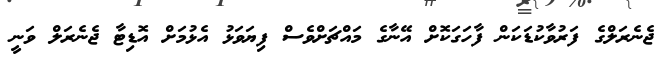
ޖެނެރަލްގެ ފަރުވާކުޑަކަން ފާހަގަކޮށް އޭނާގެ މައްޗަށްވެސް ފިޔަވަޅު އެޅުމަށް އޮޑިޓާ ޖެނެރަލް ވަނީ